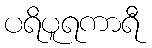
ပရိပူရကာရီ